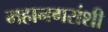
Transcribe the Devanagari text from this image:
महानगरांशी